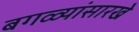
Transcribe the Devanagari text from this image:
बगळ्यांसारखे